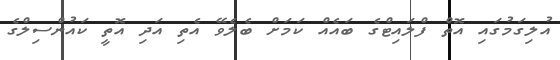
އުލިގަމުގައި އޮތް ފްލައިޓްގެ ބައެއް ކަމަށް ބެލެވޭ އެތި އަދި އޮތީ ކައުންސިލްގެ